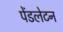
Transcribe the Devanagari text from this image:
पेंडलेटन